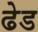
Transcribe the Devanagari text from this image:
ढेड